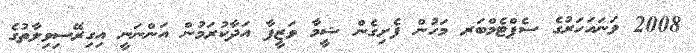
2008 ވަނައަހަރުގެ ސެޕްޓެމްބަރ މަހުން ފެށިގެން ޝީމާ ވަޒީފާ އަދާކުރަމުން އަންނަނީ އިގިރޭސިވިލާތުގެ